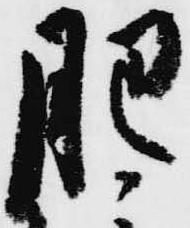
肥